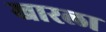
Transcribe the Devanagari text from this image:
खारला